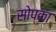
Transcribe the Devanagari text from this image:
सोप्का